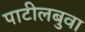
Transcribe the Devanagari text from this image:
पाटीलबुवा